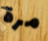
مرة